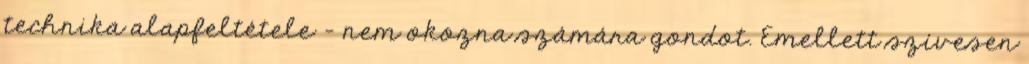
technika alapfeltétele - nem okozna számára gondot. Emellett szívesen